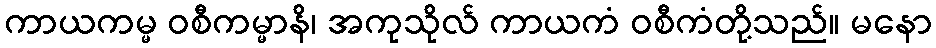
ကာယကမ္မ ဝစီကမ္မာနိ၊ အကုသိုလ် ကာယကံ ဝစီကံတို့သည်။ မနော